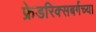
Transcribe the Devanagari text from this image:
फ्रेडरिक्सबर्गच्या